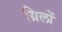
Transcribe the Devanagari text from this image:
ग्रिलों